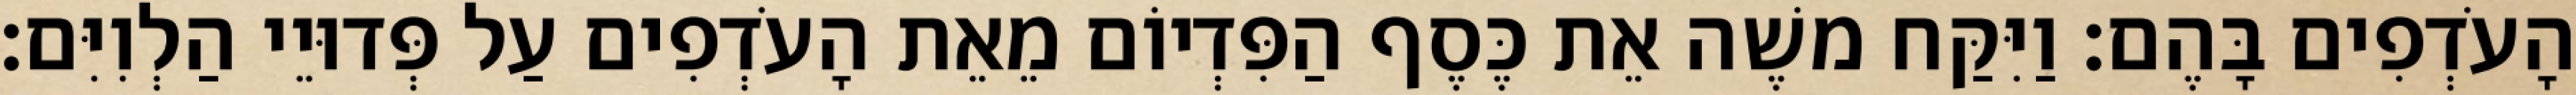
הָעֹדְפִים בָּהֶם׃ וַיִּקַּח משֶׁה אֵת כֶּסֶף הַפִּדְיוֹם מֵאֵת הָעֹדְפִים עַל פְּדוּיֵי הַלְוִיִּם׃